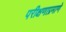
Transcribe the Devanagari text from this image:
परीक्षणाप्रमाणे